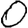
Digit: 0